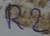
Text: R2